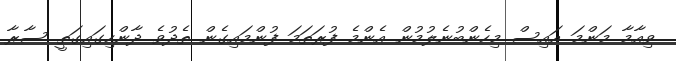
ވިއާމާ މަންމަ އައިސް މިހެންބުނެލުމުން އެންމެ ފުރަތަމަ ފުންމައިގެން ތެދުވެ ދާންހިގައިގަތީ ސާރާ